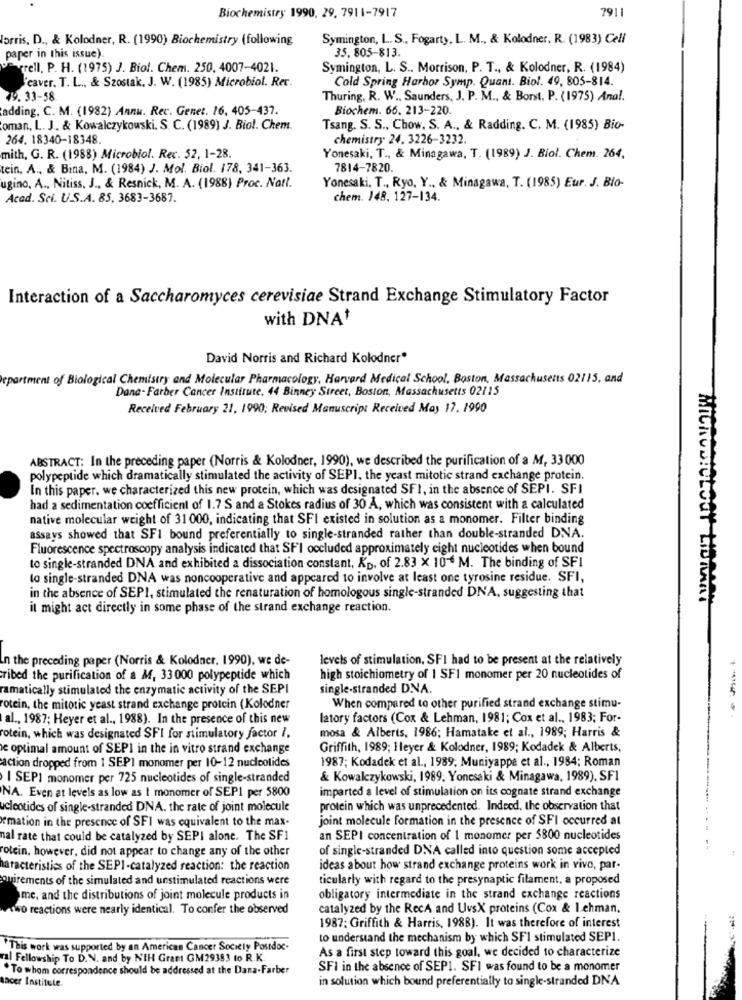
Biochemistry 1990, 29. 7911-7917
7911
lorris, D ., & Kolodner, R. (1990) Biochemistry (following
Symington, L. S ., Fogarty, L. M ., & Kolodner. R. (1983) Cell
35, 805-813.
paper in this issue).
rell, P. H. (1975) J. Biol. Chem. 250, 4007-4021.
Symington, L. S .. Morrison, P. T ., & Kolodner, R. (1984)
caver. T. L ., & Szostak. J. W. (1985) Microbiol. Rer.
Cold Spring Harbor Symp. Quant. Biol. 49, 805-814.
79. 33-58
Thuring, R. W ., Saunders, J. P. M ., & Borst, P. (1975) Anal.
adding. C. M. (1982) Annu. Rec. Genet. 16, 405-437.
Biochem. 66. 213-220.
oman, L. J. & Kowalczykowski, S. C. (1989) J. Biol. Chem.
Tsang. S. S ., Chow, S. A ., & Radding. C. M. (1985) Bio-
264. 18340-18348
chemistry 24. 3226-3232.
mith, G. R. (1988) Microbiol. Rec. 52, 1-28.
Yonesaki, T ., & Minagawa, T. (1989) J. Biol. Chem. 264,
tein. A ., & Bina, M. (1984) J. Mol. Biol. 178, 341-363.
7814-7820.
ugino, A ., Nitiss, J ., & Resnick, M. A. (1988) Proc. Natl.
Yonesaki. T ., Ryo, Y ., & Minagawa, T. (1985) Eur. J. Bio-
Acad. Sci. U.S.A. 85. 3683-3687.
chem. 148, 127-134.
Interaction of a Saccharomyces cerevisiae Strand Exchange Stimulatory Factor
with DNA
David Norris and Richard Kolodner"
epartment of Biological Chemistry and Molecular Pharmacology, Harvard Medical School. Boston, Massachusetts 02115, and
Dana-Farber Cancer Institute. 44 Binney Street, Boston, Massachusetts 02115
Received February 21, 1990; Revised Manuscript Received May 17. 1990
ABSTRACT: In the preceding paper (Norris & Kolodner, 1990), we described the purification of a M, 33 000
polypeptide which dramatically stimulated the activity of SEPI, the yeast mitotic strand exchange protein.
In this paper. we characterized this new protein, which was designated SF1, in the absence of SEPI. SFI
had a sedimentation coefficient of 1.7 S and a Stokes radius of 30 A, which was consistent with a calculated
native molecular weight of 31 000, indicating that SFI existed in solution as a monomer. Filter binding
assays showed that SFI bound preferentially to single-stranded rather than double-stranded DNA.
Fluorescence spectroscopy analysis indicated that SF'I occluded approximately eight nucleotides when bound
to single-stranded DNA and exhibited a dissociation constant, Kp, of 2.83 x 104 M. The binding of SFI
to single-stranded DNA was noncooperative and appeared to involve at least one tyrosine residue. SFI,
in the absence of SEPI, stimulated the renaturation of homologous single-stranded DNA, suggesting that
it might act directly in some phase of the strand exchange reaction.
In the preceding paper (Norris & Kolodner, 1990), we de-
levels of stimulation, SFI had to be present at the relatively
ribed the purification of & M, 33000 polypeptide which
high stoichiometry of 1 SFI monomer per 20 nucleotides of
ramatically stimulated the enzymatic activity of the SEPI
single-stranded DNA.
rotein, the mitotic yeast strand exchange protein (Kolodner
When compared to other purified strand exchange stimu-
al ., 1987; Heyer et al ., 1988). In the presence of this new
latory factors (Cox & Lehman, 1981; Cox et al ., 1983; For-
mosa & Alberts, 1986; Hamatake et al ., 1989; Harris &
rotein, which was designated SFI for stimulatory factor /.
le optimal amount of SEPI in the in vitro strand exchange
Griffith, 1989; Heyer & Kolodner, 1989; Kodadek & Alberts,
1987; Kodadek et al ., 1989. Muniyappe et al ., 1984; Roman
action dropped from 1 SEPI monomer per 10-12 nucleotides
I SEPI monomer per 725 nucleotides of single-stranded
& Kowalczykowski, 1989, Yonesaki & Minagawa. 1989). SFI
imparted a level of stimulation on its cognate strand exchange
NA. Even at levels as low as I monomer of SEPI per 5800
cleotides of single-stranded DNA. the rate of joint molecule
protein which was unprecedented. Indeed, the observation that
emation in the presence of SFI was equivalent to the max-
joint molecule formation in the presence of SFI occurred at
nal rate that could be catalyzed by SEPI alone. The SF1
an SEPI concentration of I monomer per 5800 nucleotides
rotein, however, did not appear to change any of the other
of single-stranded DNA called into question some accepted
haracteristics of the SEPI-catalyzed reaction: the reaction
ideas about how strand exchange proteins work in vivo, par-
ouirements of the simulated and unstimulated reactions were
ticularly with regard to the presynaptic filament, a proposed
me, and the distributions of joint molecule products in
obligatory intermediate in the strand exchange reactions
two reactions were nearly identical. To confer the observed
catalyzed by the RecA and UvsX proteins (Cox & I.ehman.
1987; Griffith & Harris, 1988). It was therefore of interest
to understand the mechanism by which SFI stimulated SEP1.
* This work was supported by an American Cancer Society Postdoc-
As a first step toward this goal, we decided to characterize
val Fellowship To D.N. and by NIH Grant GM29383 to R.K.
" To whom correspondence should be addressed at the Dana-Farber
SFI in the absence of SEP1. SFI was found to be a monomer
sacer Institute.
in solution which bound preferentially to single-stranded DNA